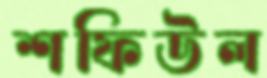
শফিউল